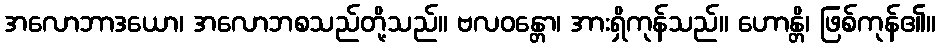
အလောဘာဒယော၊ အလောဘစသည်တို့သည်။ ဗလဝန္တော၊ အားရှိကုန်သည်။ ဟောန္တိ၊ ဖြစ်ကုန်၏။